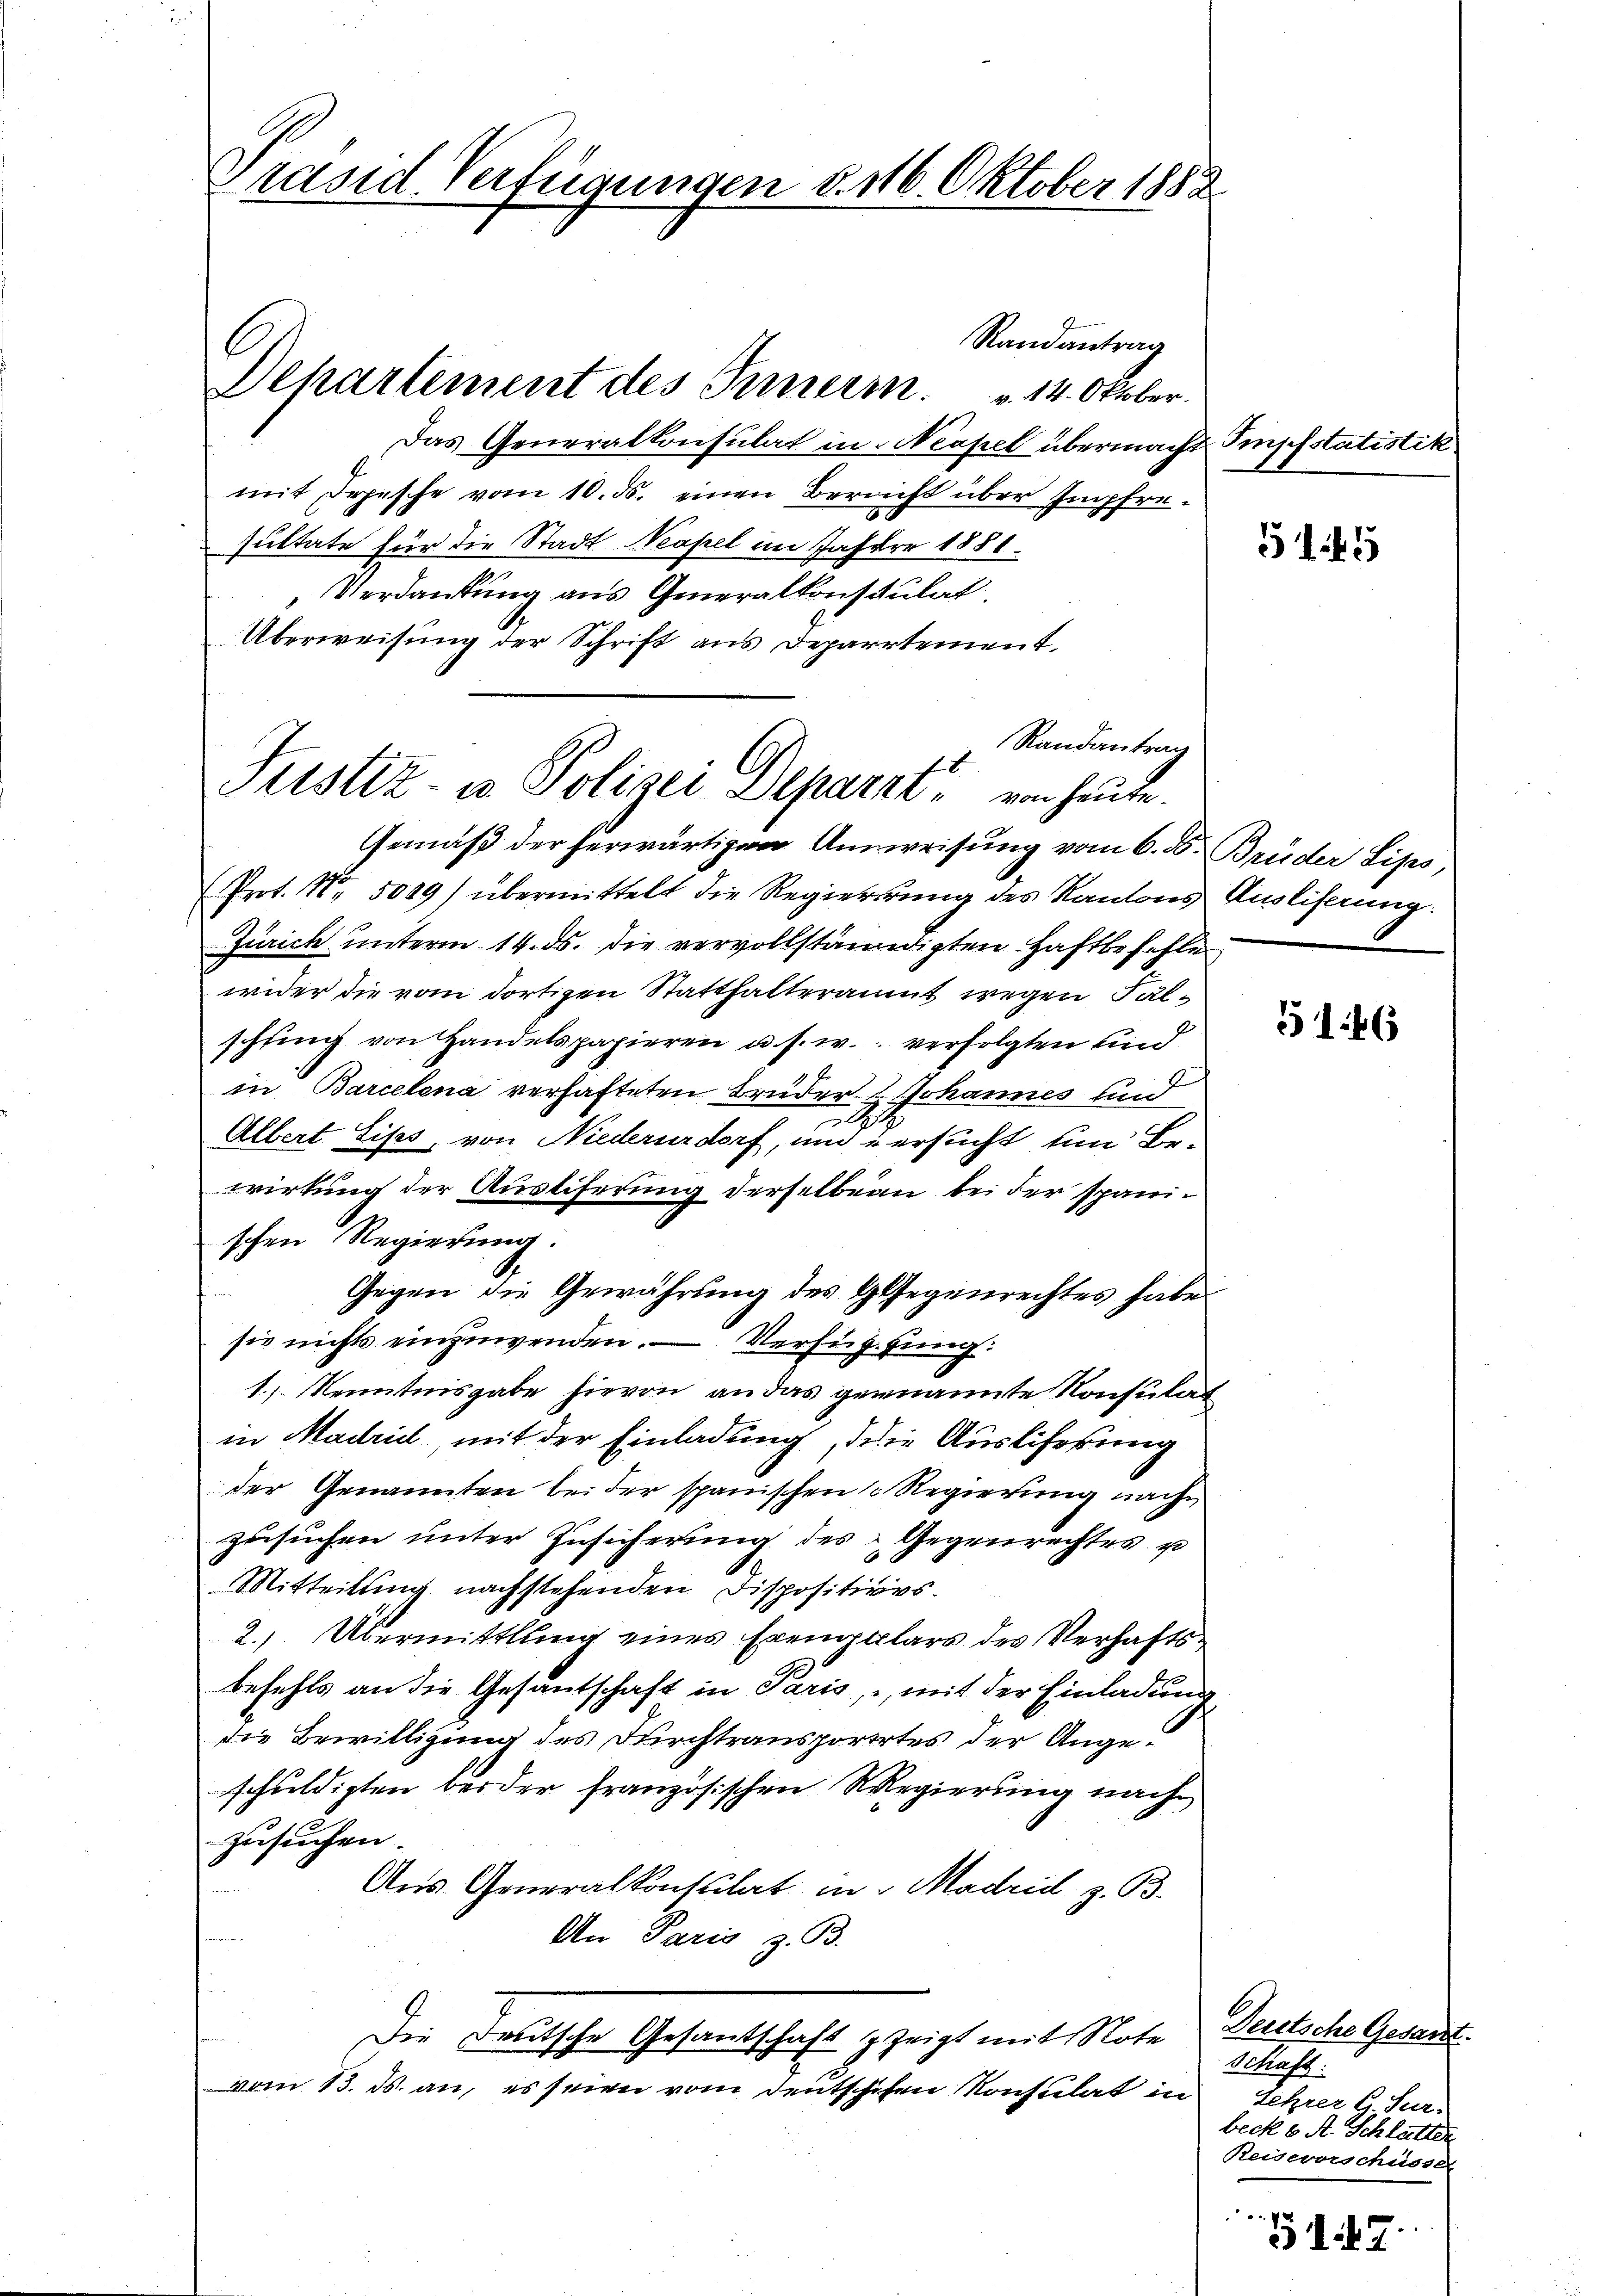
Präsid Verfügungen d. 116. Oktober 1888

Randantrag
Das Generalkonsulat in Neapel übermacht Impfstatistik
mit Depesche vom 10. ds. einen Bereicht über Impfre¬
30
sultate für die Stadt Neapel im Jahren 1881.
Verdankung aus Generalkonstulat
Überweisung der Schrift aus Deparrtement,
Randantrag
Gemäß der herwärtigen Anweisung vom 6. d. Brüder Sips,
Prot. Nr. 5009) übermittelt die Regierung des Kantons Ausliferung:
Zürich unterm 14. ds. die vervollständigten Haftbefehle
wider die vom dortigen Statthalteräumt wegen Fälschfing von Handelspapieren u. s. w. verfolgten und
in Barcelena verhafteten Brüder Johannes und
2
Albert Lises, von Niederurdorf, um ersucht um Bewirkung der Auslieferung derselben bei der spanischen Regierung.
Gegen die Gewährung des G. Gegenrechtes habe
sie nichts einzuwenden. — Verfügung:
1.) Kenntnisgabe hievon an das genannte Konsulat
in Madrid, mit der Einladung, die Ausliferung
der Genannten bei der spanischen Regierung nach
zusuchen unter Zusicherung des Gegenrechtes u
Mitteilung nachstehenden Dispositives.
2. Übermittlung eines Exemplars des Verhaftsbefehls an die Gesantschaft in Paris, mit der Einladung
die Bewilligung des Durchtransporirtes der Angeschuldigten beider französischen Regierung nach
zusuchen.
Aus Generalkonsulat in   Madrid z. B.
An Paris z. B.
Die Deutsche Gesantschaft zeigt mit Note
vom 13. ds. an, es seien vom Deutschehen Konsulat in

Departement des Inneren v. 14. Oktober.

2
Fristiz- u. Polizei Deparie von heute.

3145

146

Deutsche Gesandt.
Schaft:
Lehrer G. Jur.
beck 6. A. Schlutter
Reiseverschüsser

12
317.